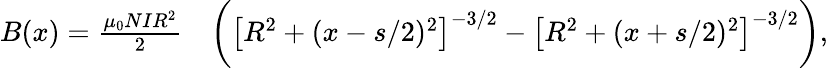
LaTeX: \begin{array}{rl}{B(x)=\frac{\mu_{0}NIR^{2}}{2}}&{{}\biggl(\left[R^{2}+(x-s/2)^{2}\right]^{-3/2}-\left[R^{2}+(x+s/2)^{2}\right]^{-3/2}\biggr),}\end{array}